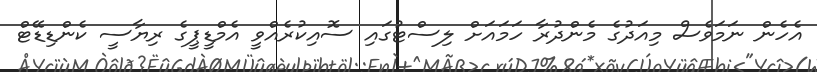
އެހެން ނަމަވެސް މިއަދުގެ މެންދުރާ ހަމައަށް ލިސްޓުގައި ސޮއިކުރެއްވީ އެމްޑީޕީގެ ރިޔާސީ ކެންޑިޑޭޓް